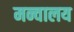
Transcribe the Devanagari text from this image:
मन्वालय